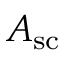
A _ { \mathrm { s c } }